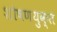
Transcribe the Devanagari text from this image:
शोषणयुक्त